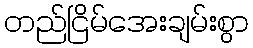
တည်ငြိမ်အေးချမ်းစွာ